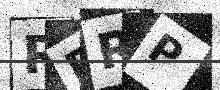
Text: RDRP